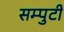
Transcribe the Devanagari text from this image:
सम्पुटी